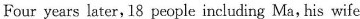
Four years later, 18 people including Ma, his wife